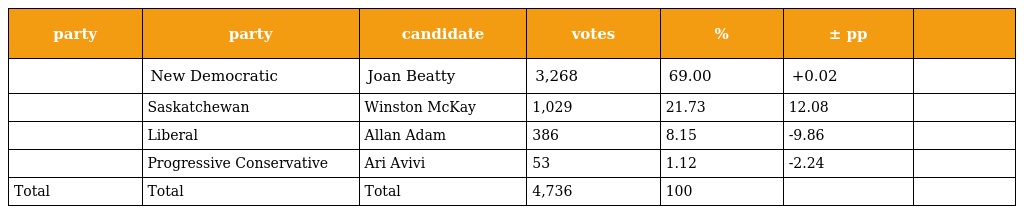
| party | party | candidate | votes | % | ± pp |  |
 | --- | --- | --- | --- | --- | --- | --- |
 |  | New Democratic | Joan Beatty | 3,268 | 69.00 | +0.02 |  |
 |  | Saskatchewan | Winston McKay | 1,029 | 21.73 | 12.08 |  |
 |  | Liberal | Allan Adam | 386 | 8.15 | -9.86 |  |
 |  | Progressive Conservative | Ari Avivi | 53 | 1.12 | -2.24 |  |
 | Total | Total | Total | 4,736 | 100 |  |  |